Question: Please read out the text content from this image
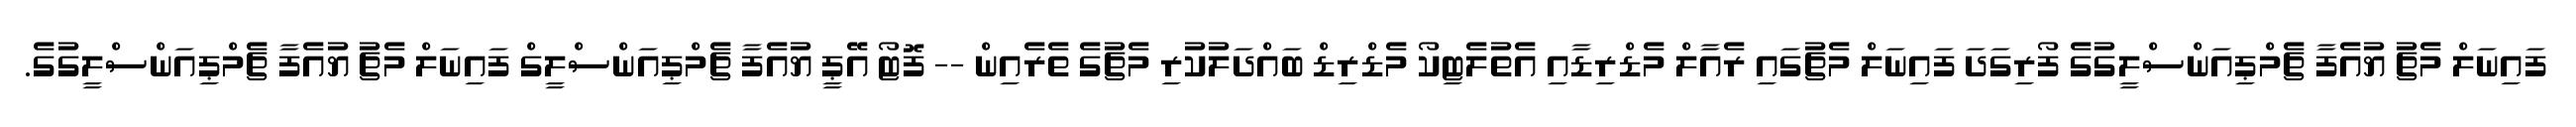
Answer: ފައިނަލް މެޗު ޔުއެފާ ޗެމްޕިއަންސްލީގުގެ ފޯރިގަދަ ފައިނަލް މެޗުގައި ރެއާލް މެޑްރިޑާއި އެތުލެޓިކޯ މެޑްރިޑް ބައްދަލުކުރި މެޗުގެ ތެރެއިން -- ފޮޓޯ އޭޕީ ޔުއެފާ ޗެމްޕިއަންސްލީގް ފައިނަލް މެޗު ޔުއެފާ ޗެމްޕިއަންސްލީގުގެ.